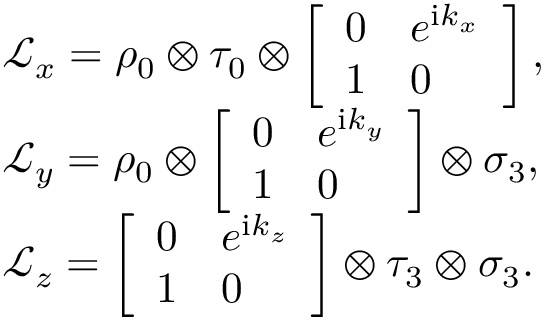
\begin{array} { r l } & { \mathcal { L } _ { x } = \rho _ { 0 } \otimes \tau _ { 0 } \otimes \left[ \begin{array} { l l } { 0 } & { e ^ { \mathrm { i } k _ { x } } } \\ { 1 } & { 0 } \end{array} \right] , } \\ & { \mathcal { L } _ { y } = \rho _ { 0 } \otimes \left[ \begin{array} { l l } { 0 } & { e ^ { \mathrm { i } k _ { y } } } \\ { 1 } & { 0 } \end{array} \right] \otimes \sigma _ { 3 } , } \\ & { \mathcal { L } _ { z } = \left[ \begin{array} { l l } { 0 } & { e ^ { \mathrm { i } k _ { z } } } \\ { 1 } & { 0 } \end{array} \right] \otimes \tau _ { 3 } \otimes \sigma _ { 3 } . } \end{array}